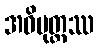
အဝိမုတ္တဿ